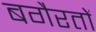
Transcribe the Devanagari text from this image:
बगैरतों